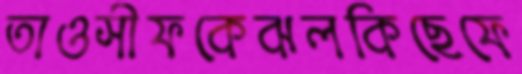
তাওসীফকেঝলকিছেফে